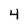
Character: 4